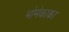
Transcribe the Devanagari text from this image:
भोमेकाका